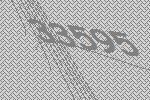
33595